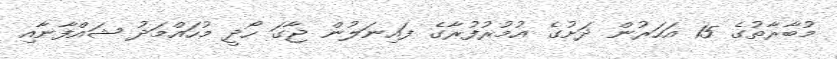
މުބާރާތުގެ 15 އަހަރުން ދަށުގެ އުމުރުފުރާގެ ފައިނަލުން ޖާގަ ހޯދީ މުހައްމަދު ޝައްފާނާއި